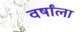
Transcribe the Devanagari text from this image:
वर्षांला